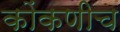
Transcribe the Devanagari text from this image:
कोंकणीच